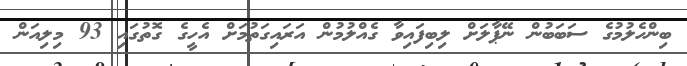
ބިންހެލުމުގެ ސަބަބުން ނޭޕާލަށް ލިބިފައިވާ ގެއްލުމުން އަރައިގަތުމަށް އެހީގެ ގޮތުގައި 93 މިލިއަން